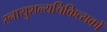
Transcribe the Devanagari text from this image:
स्नायुशल्यचिकित्सकों